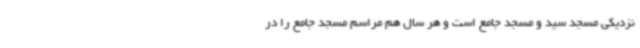
نزدیکی مسجد سید و مسجد جامع است و هر سال هم مراسم مسجد جامع را در